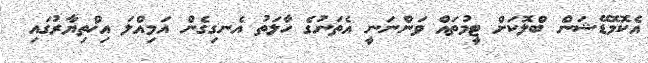
އެކޮމޮޑޭޝަން ބްލޮކަށް ޓީމުތައް ވަންނަނީ އެތަނުގެ ހާލަތު އެނގިގެން އަމިއްލަ އިޚްތިޔާރުގައި